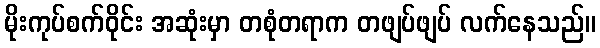
မိုးကုပ်စက်ဝိုင်း အဆုံးမှာ တစုံတရာက တဖျပ်ဖျပ် လက်နေသည်။